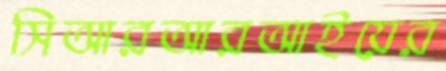
সিআরআরআইয়ের